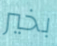
بخير